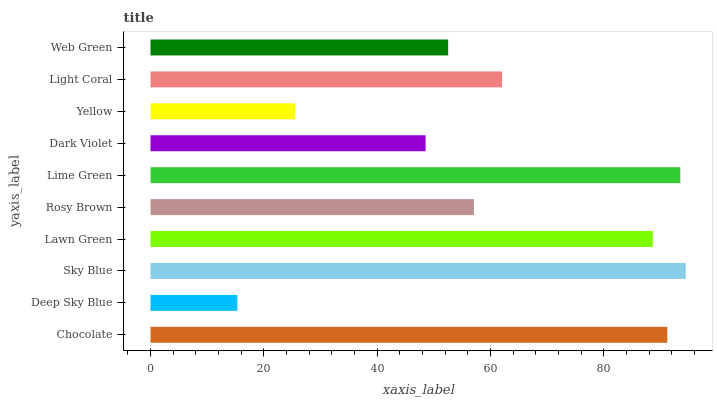
| yaxis_label | bars |
 | --- | --- |
 | Chocolate | 91.2 |
 | Deep Sky Blue | 15.3 |
 | Sky Blue | 94.5 |
 | Lawn Green | 88.7 |
 | Rosy Brown | 57.1 |
 | Lime Green | 93.5 |
 | Dark Violet | 48.6 |
 | Yellow | 25.5 |
 | Light Coral | 62.1 |
 | Web Green | 52.5 |